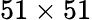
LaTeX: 51\times 51